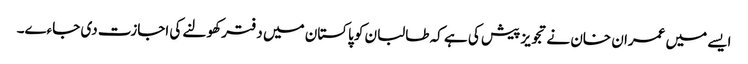
ایسے میں عمران خان نے تجویز پیش کی ہے کہ طالبان کو پاکستان میں دفتر کھولنے کی اجازت دی جاءے۔